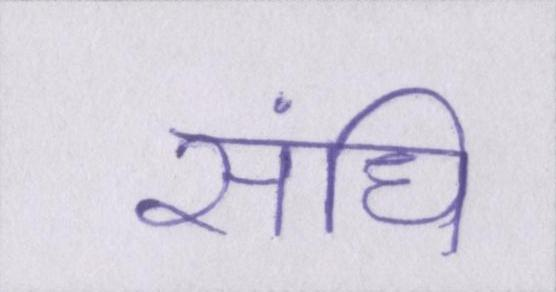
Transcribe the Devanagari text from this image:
संधि